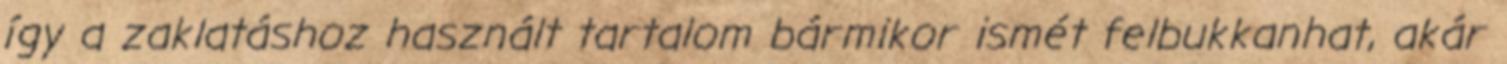
így a zaklatáshoz használt tartalom bármikor ismét felbukkanhat, akár